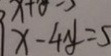
x - 4 y = 5